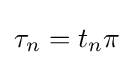
{\textstyle \tau _{n}=t_{n}\pi }